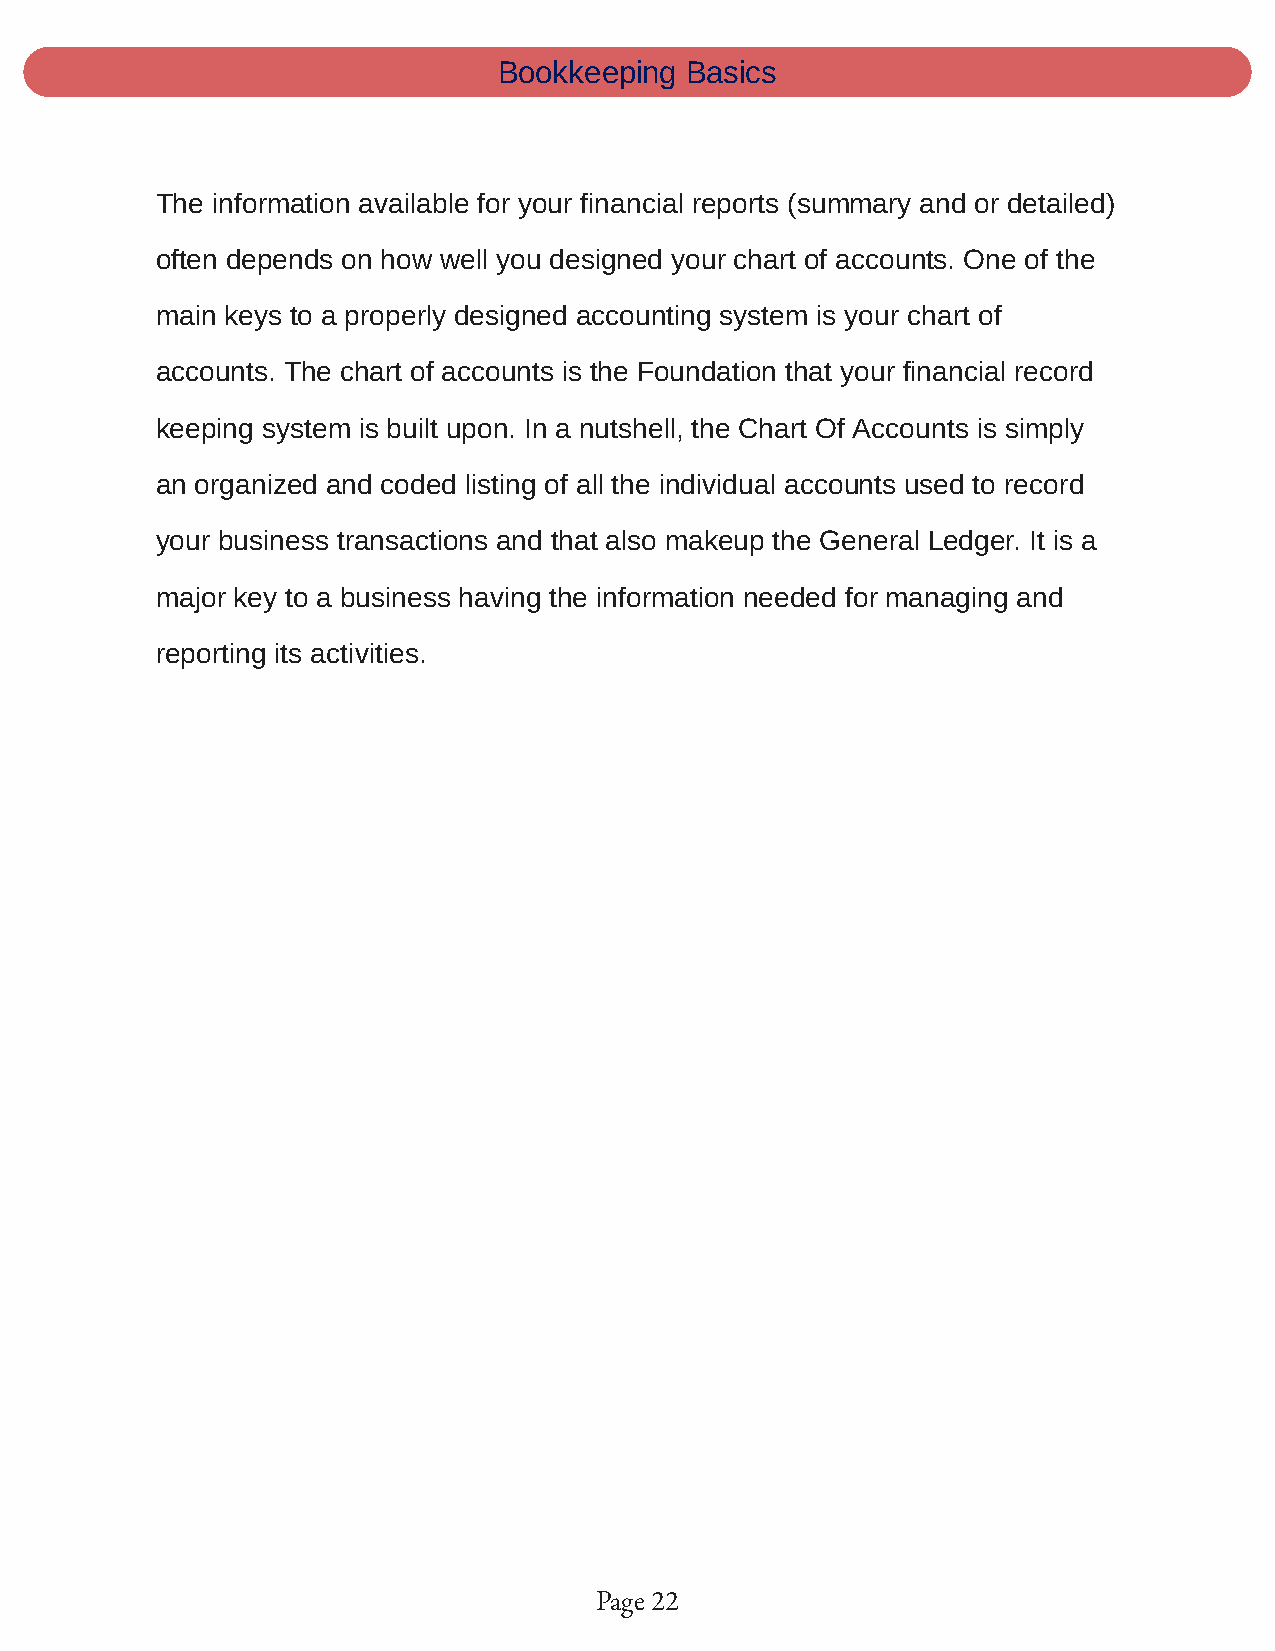
Bookkeeping Basics
 The information available for your financial reports (summary and or detailed)
 often depends on how well you designed your chart of accounts. One of the
 main keys to a properly designed accounting system is your chart of
 accounts. The chart of accounts is the Foundation that your financial record
 keeping system is built upon. In a nutshell, the Chart Of Accounts is simply
 an organized and coded listing of all the individual accounts used to record
 your business transactions and that also makeup the General Ledger. It is a
 major key to a business having the information needed for managing and
 reporting its activities.
 Page 22